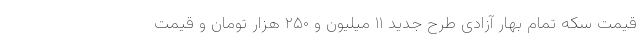
قیمت سکه تمام‌ بهار آزادی طرح جدید ۱۱ میلیون و ۲۵۰ هزار تومان و قیمت